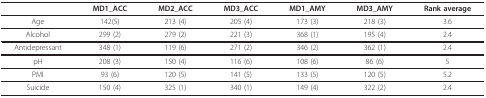
<table><thead><tr><td></td><td><b>MD1_ACC</b></td><td><b>MD2_ACC</b></td><td><b>MD3_ACC</b></td><td><b>MD1_AMY</b></td><td><b>MD3_AMY</b></td><td><b>Rank average</b></td></tr></thead><tbody><tr><td>Age</td><td>142(5)</td><td>213 (4)</td><td>205 (4)</td><td>173 (3)</td><td>218 (3)</td><td>3.6</td></tr><tr><td>Alcohol</td><td>299 (2)</td><td>279 (2)</td><td>221 (3)</td><td>368 (1)</td><td>195 (4)</td><td>2.4</td></tr><tr><td>Antidepressant</td><td>348 (1)</td><td>119 (6)</td><td>271 (2)</td><td>346 (2)</td><td>362 (1)</td><td>2.4</td></tr><tr><td>pH</td><td>208 (3)</td><td>150 (4)</td><td>116 (6)</td><td>108 (6)</td><td>86 (6)</td><td>5</td></tr><tr><td>PMI</td><td>93 (6)</td><td>120 (5)</td><td>141 (5)</td><td>133 (5)</td><td>120 (5)</td><td>5.2</td></tr><tr><td>Suicide</td><td>150 (4)</td><td>325 (1)</td><td>340 (1)</td><td>149 (4)</td><td>322 (2)</td><td>2.4</td></tr></tbody></table>